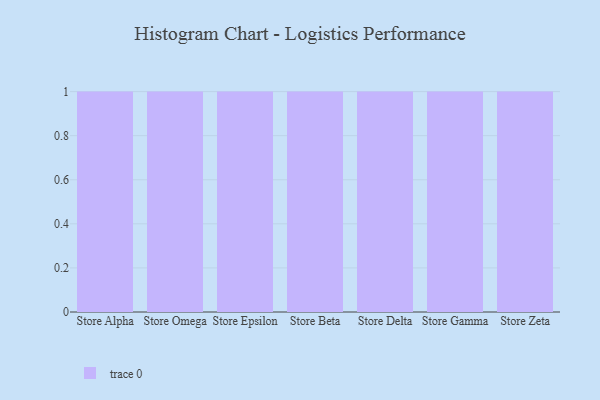
{"axis": {"x": "Store", "y": "Backlog"}, "legend": [""], "data": [{"x": "Store Alpha", "y": 17, "type": ""}, {"x": "Store Omega", "y": 6, "type": ""}, {"x": "Store Epsilon", "y": 38, "type": ""}, {"x": "Store Beta", "y": 26, "type": ""}, {"x": "Store Delta", "y": 31, "type": ""}, {"x": "Store Gamma", "y": 21, "type": ""}, {"x": "Store Zeta", "y": 49, "type": ""}]}